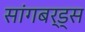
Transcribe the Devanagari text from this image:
सांगबर्ड्स